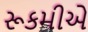
રૂકમીએ